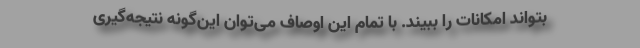
بتواند امکانات را ببیند. با تمام این اوصاف می‌توان این‌گونه نتیجه‌گیری